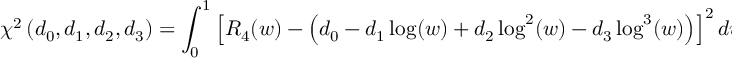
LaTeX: \chi ^ { 2 } \left( d _ { 0 } , d _ { 1 } , d _ { 2 } , d _ { 3 } \right) = \int _ { 0 } ^ { 1 } \left[ R _ { 4 } ( w ) - \left( d _ { 0 } - d _ { 1 } \log ( w ) + d _ { 2 } \log ^ { 2 } ( w ) - d _ { 3 } \log ^ { 3 } ( w ) \right) \right] ^ { 2 } d w